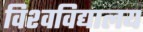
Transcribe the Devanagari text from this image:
विश्‍वविद्यालय